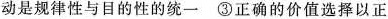
动是规律性与目的性的统一③正确的价值选择以正